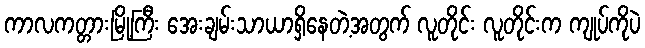
ကာလကတ္တားမြို့ကြီး အေးချမ်းသာယာရှိနေတဲ့အတွက် လူတိုင်း လူတိုင်းက ကျုပ်ကိုပဲ